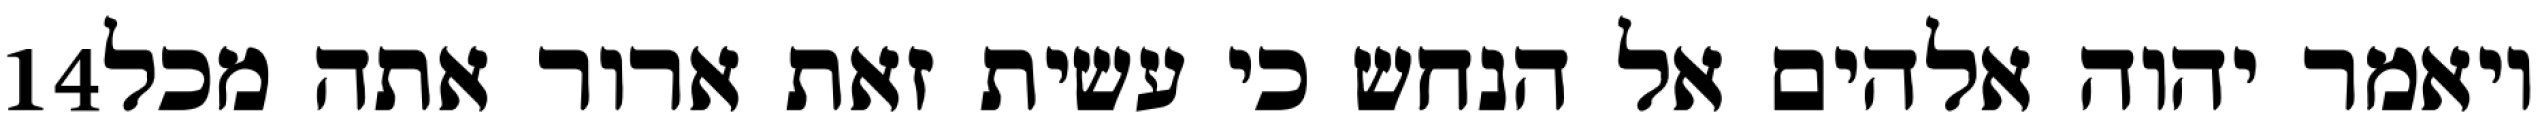
‎14‏ ויאמר יהוה אלהים אל הנחש כי עשית זאת ארור אתה מכל